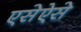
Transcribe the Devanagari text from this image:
एसेऐसे